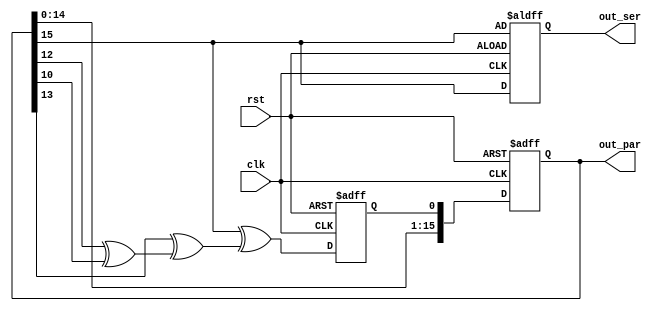
`timescale 1ns / 1ps

module lfsr(
	input	clk,
	input rst,
	output [15:0] out_par,
	output	out_ser
    );

	reg [15:0] reg_data;
	reg in_data;
	reg out_data;
	
	always @ (posedge clk or posedge rst)
	begin
		if(rst)
		begin
			reg_data <= 16'h1234;
			in_data <= 1'b0;
			out_data <= reg_data[15];
		end
		else
		begin
			in_data <= (reg_data[15] ^ (reg_data[13] ^ (reg_data[12] ^ reg_data[10])));
			out_data <= reg_data[15];
			reg_data <= {reg_data[14:0], in_data};
		end
	end
	
	assign out_par = reg_data;
	assign out_ser = out_data;
	

endmodule